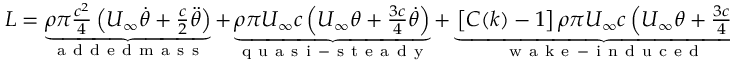
\begin{array} { r } { L = \underbrace { \rho \pi \frac { c ^ { 2 } } { 4 } \left( U _ { \infty } \dot { \theta } + \frac { c } { 2 } \ddot { \theta } \right) } _ { \mathrm { ~ a ~ d ~ d ~ e ~ d ~ m ~ a ~ s ~ s ~ } } + \underbrace { \rho \pi U _ { \infty } c \left( U _ { \infty } \theta + \frac { 3 c } { 4 } \dot { \theta } \right) } _ { \mathrm { ~ q ~ u ~ a ~ s ~ i ~ - ~ s ~ t ~ e ~ a ~ d ~ y ~ } } + \underbrace { \left[ C ( k ) - 1 \right] \rho \pi U _ { \infty } c \left( U _ { \infty } \theta + \frac { 3 c } { 4 } \dot { \theta } \right) } _ { \mathrm { ~ w ~ a ~ k ~ e ~ - ~ i ~ n ~ d ~ u ~ c ~ e ~ d ~ } } , } \end{array}